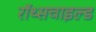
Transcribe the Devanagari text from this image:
रॉथ्सचाइल्ड